Annual statistical returns and brief notes on vaccination in Bengal - 1909-1929
Year: 1909
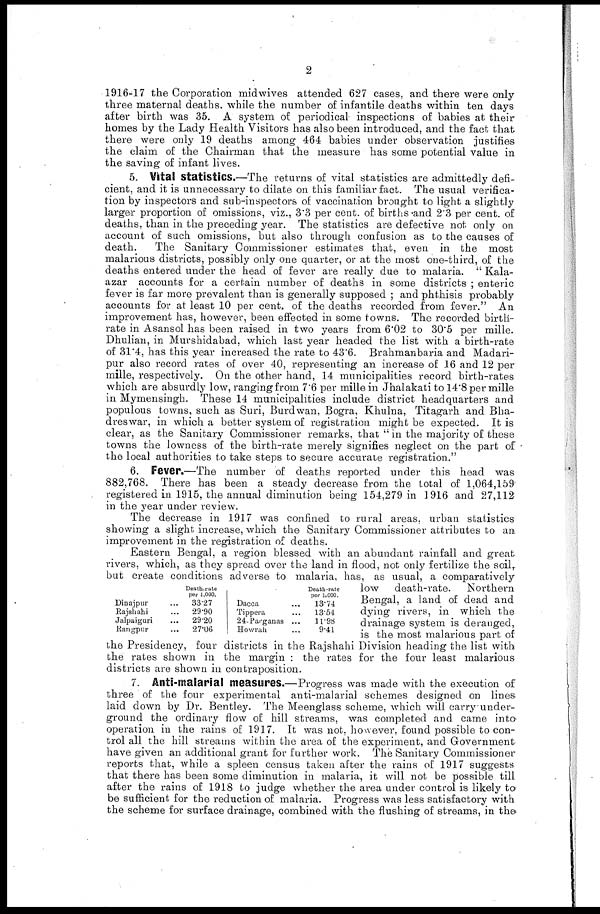
2
1916-17 the Corporation midwives attended 627 cases, and there were only
three maternal deaths, while the number of infantile deaths within ten days
after birth was 35. A system of periodical inspections of babies at their
homes by the Lady Health Visitors has also been introduced, and the fact that
there were only 19 deaths among 464 babies under observation justifies
the claim of the Chairman that the measure has some potential value in
the saving of infant lives.
5. Vital statistics.—The returns of vital statistics are admittedly defi-
cient, and it is unnecessary to dilate on this familiar fact. The usual verifica-
tion by inspectors and sub-inspectors of vaccination brought to light a slightly
larger proportion of omissions, viz., 3.3 per cent. of births and 2.3 per cent. of
deaths, than in the preceding year. The statistics are defective not only on
account of such omissions, but also through confusion as to the causes of
death.
The Sanitary Commissioner estimates that, even in the most
malarious districts, possibly only one quarter, or at the most one-third, of the
deaths entered under the head of fever are really due to malaria. " Kala-
azar accounts for a certain number of deaths in some districts ; enteric
fever is far more prevalent than is generally supposed ; and phthisis probably
accounts for at least 10 per cent. of the deaths recorded from fever." An
improvement has, however, been effected in some towns. The recorded birth-
rate in Asansol has been raised in two years from 6.02 to 30.5 per mille.
Dhulian, in Murshidabad, which last year headed the list with a birth-rate
of 31.4, has this year increased the rate to 43.6. Brahmanbaria and Madari-
pur also record rates of over 40, representing an increase of 16 and 12 per
mille, respectively. On the other hand, 14 municipalities record birth-rates
which are absurdly low, ranging from 7.6 per mille in Jhalakati to 14.8 per mille
in Mymensingh. These 14 municipalities include district headquarters and
populous towns, such as Suri, Burdwan, Bogra, Khulna, Titagarh and Bha-
dreswar, in which a better system of registration might be expected. It is
clear, as the Sanitary Commissioner remarks, that " in the majority of these
towns the lowness of the birth-rate merely signifies neglect on the part of
the local authorities to take steps to secure accurate registration."
6. Fever.—The number of deaths reported under this head was
882,768. There has been a steady decrease from the total of 1,064,159
registered in 1915, the annual diminution being 154,279 in 1916 and 27,112
in the year under review.
The decrease in 1917 was confined to rural areas, urban statistics
showing a slight increase, which the Sanitary Commissioner attributes to an
improvement in the registration of deaths.
Eastern Bengal, a region blessed with an abundant rainfall and great
rivers, which, as they spread over the land in flood, not only fertilize the soil,
but create conditions adverse to malaria, has, as usual, a comparatively
low death-rate.
Northern
Bengal, a land of dead and
dying rivers, in which the
drainage system is deranged,
is the most malarious part of
the Presidency, four districts in the Rajshahi Division heading the list with
the rates shown in the margin : the rates for the four least malarious
districts are shown in contraposition.
Dinajpur...
Rajshahi...
Jalpaiguri...
Rangpur...
Death-rate
per 1,000.
33.27
29.90
29.20
27.06
Dacca...
Tippera...
24-Parganas ...
Howrah...
Death-rate
per 1,000.
13.74
13.54
11.98
9.41
7. Anti-malarial measures.—Progress was made with the execution of
three of the four experimental anti-malarial schemes designed on lines
laid down by Dr. Bentley. The Meenglass scheme, which will carry under-
ground the ordinary flow of hill streams, was completed and came into
operation in the rains of 1917. It was not. however, found possible to con-
trol all the hill streams within the area of the experiment, and Government
have given an additional grant for further work. The Sanitary Commissioner
reports that, while a spleen census taken after the rains of 1917 suggests
that there has been some diminution in malaria, it will not be possible till
after the rains of 1918 to judge whether the area under control is likely to
be sufficient for the reduction of malaria. Progress was less satisfactory with
the scheme for surface drainage, combined with the flushing of streams, in the